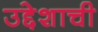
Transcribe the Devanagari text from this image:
उद्देशाची